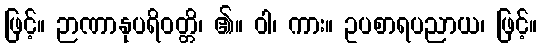
ဖြင့်။ ဉာဏာနုပရိဝတ္တိ၊ ၏။ ဝါ၊ ကား။ ဥပစာရပညာယ၊ ဖြင့်။